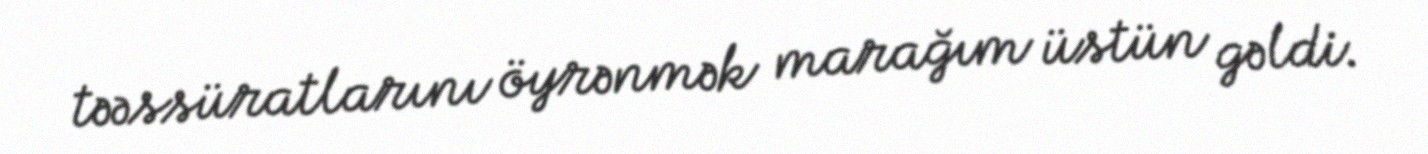
təəssüratlarını öyrənmək marağım üstün gəldi.